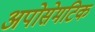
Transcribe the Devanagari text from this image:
अपोसेमटिक